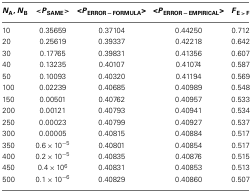
<table><thead><tr><td><b><i>N</i><sub>A</sub>, <i>N</i><sub>B</sub></b></td><td><b>&lt;<i>P</i><sub>SAME</sub> &gt;</b></td><td><b>&lt;<i>P</i><sub>ERROR − FORMULA</sub>&gt;</b></td><td><b>&lt;<i>P</i><sub>ERROR − EMPIRICAL</sub>&gt;</b></td><td><b><i>F</i><sub>E &gt; F</sub></b></td></tr></thead><tbody><tr><td>10</td><td>0.35659</td><td>0.37104</td><td>0.44250</td><td>0.712</td></tr><tr><td>20</td><td>0.25619</td><td>0.39337</td><td>0.42218</td><td>0.642</td></tr><tr><td>30</td><td>0.17765</td><td>0.39831</td><td>0.41356</td><td>0.607</td></tr><tr><td>40</td><td>0.13235</td><td>0.40107</td><td>0.41074</td><td>0.587</td></tr><tr><td>50</td><td>0.10093</td><td>0.40320</td><td>0.41194</td><td>0.569</td></tr><tr><td>100</td><td>0.02239</td><td>0.40685</td><td>0.40989</td><td>0.548</td></tr><tr><td>150</td><td>0.00501</td><td>0.40762</td><td>0.40957</td><td>0.533</td></tr><tr><td>200</td><td>0.00121</td><td>0.40793</td><td>0.40941</td><td>0.534</td></tr><tr><td>250</td><td>0.00023</td><td>0.40799</td><td>0.40927</td><td>0.537</td></tr><tr><td>300</td><td>0.00005</td><td>0.40815</td><td>0.40884</td><td>0.517</td></tr><tr><td>350</td><td>0.6 × 10<sup>−5</sup></td><td>0.40801</td><td>0.40854</td><td>0.517</td></tr><tr><td>400</td><td>0.2 × 10<sup>−5</sup></td><td>0.40835</td><td>0.40876</td><td>0.515</td></tr><tr><td>450</td><td>0.4 × 10<sup>6</sup></td><td>0.40831</td><td>0.40853</td><td>0.513</td></tr><tr><td>500</td><td>0.1 × 10<sup>−6</sup></td><td>0.40829</td><td>0.40860</td><td>0.507</td></tr></tbody></table>